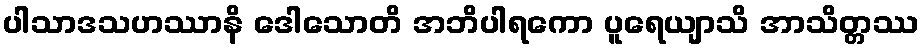
ပါသာဒသဟဿာနိ ဒေါသောတိ အဘိပါရကော ပူရေယျာသိ အာသိတ္တဿ